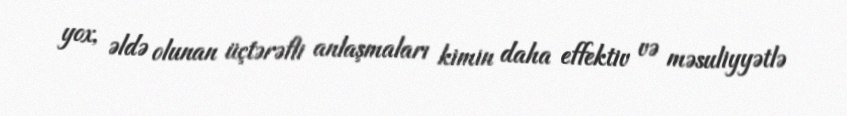
yox, əldə olunan üçtərəfli anlaşmaları kimin daha effektiv və məsuliyyətlə